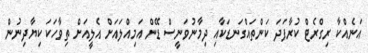
އަނެއްކާ ރިގްރެޓް ކުރާފަދަ ކަންތައްގަނޑަކާއި ދިމާނުވަނީސް ޑޭން އަމިއްލައަށް އެލީއަށް ތިވާހަކަ ކިޔާދިނުން